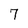
Character: 7